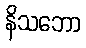
နိသဘော